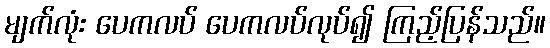
မျက်လုံး ပေကလပ် ပေကလပ်လုပ်၍ ကြည့်ပြန်သည်။